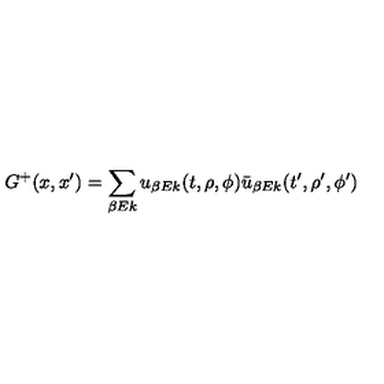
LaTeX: G ^ { + } ( x , x ^ { \prime } ) = \sum _ { \beta E k } u _ { \beta E k } ( t , \rho , \phi ) \bar { u } _ { \beta E k } ( t ^ { \prime } , \rho ^ { \prime } , \phi ^ { \prime } )